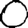
Digit: 0